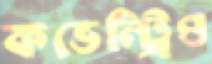
কভেন্ট্রিও